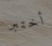
أختبر